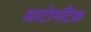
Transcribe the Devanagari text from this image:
आटोमटिक